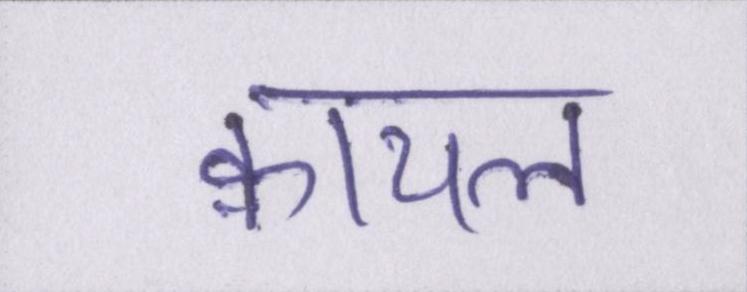
क़ायल